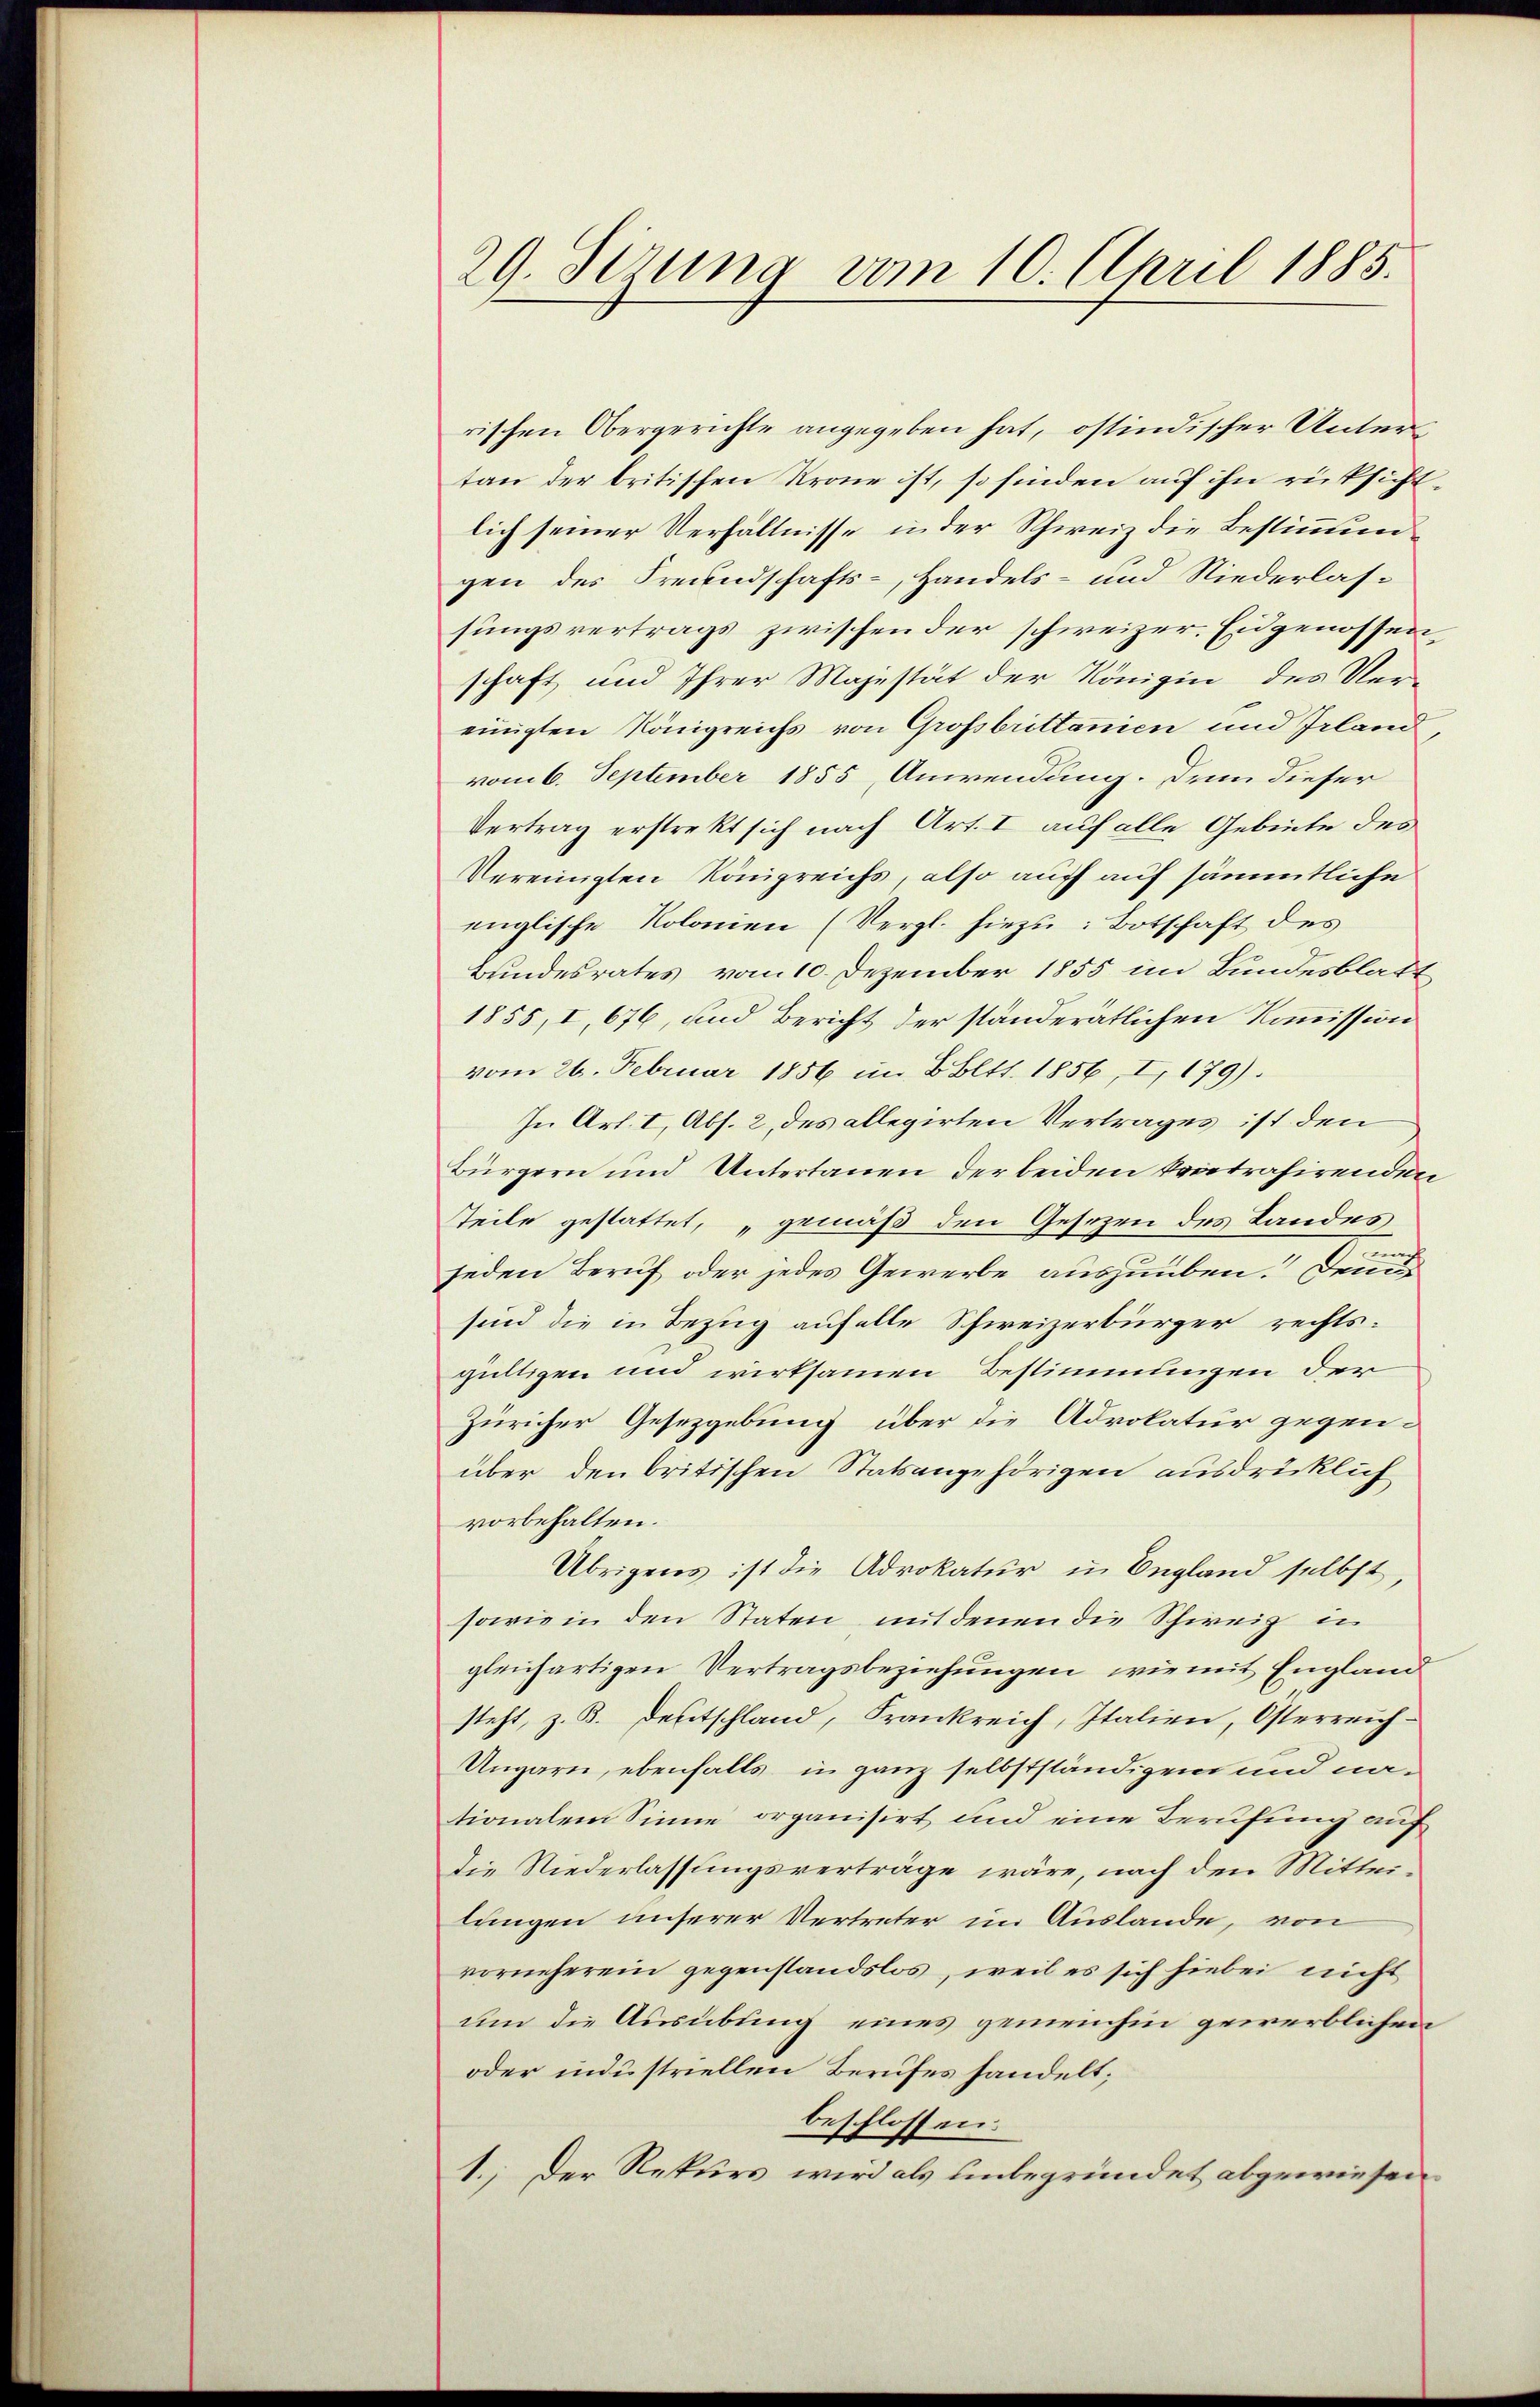
29. Serung vom 10. April 1885.

rischen Obergerichte angegeben hat, ostindischer Untertan der britischen Krone ist, so finden auf ihn rücksichtlich seiner Verhältnisse in der Schweiz die Bestimmun
gen des Freundschafts-, Handels- und Niederlassungsvertrags zwischen der schweizer. Eidgenossen,
schaft und Ihrer Majestät der Königin des Vereinigten Königreichs von Grofsbrittannien und Irland
vom 6. September 1855 Anwendung. Denn dieser
Vertrag erstrekt sich nach Art. I auf alle Gebiete des
Vereinigten Königreichs, also auff auf sämmtliche
englische Kolonien (Vergl. hiezu: Botschaft des
Bundesrates vom 10. Dezember 1855 im Bundesblatt
1855, I, 676, und Bericht der ständerätlichen Kommission
vom 26. Februar 1856 im B. Bett. 1856, I, 179).
In Art. I, Abs. 2 des allegirten Vertrages ist den
Bürgern und Untertanen der beiden kontrahirenden
tteile gestattet, „gemäß den Gesezen des Landes
jeden Beruf oder jedes Gewerbe auszuüben. Denn
sind die in Bezug aufelle Schweizerbürger rechtsgültigen und wirksamen Bestimmungen der
Züricher Gesetzgebung über die Advokatur gegenüber den britischen Statsangehörigen ausdrücklich
vorbehalten.
Übrigens ist die Advokatur in England selbst,
sowie in den Staten mit denen die Schweiz in
gleichartigen Vertragsbeziehungen, wiemit England
steht, z. B. Deutschland, Frankreich, Italien, Osterreich¬
Ungarn, ebenfalls in ganz selbstständigen und nationalem Sinne organisirt und eine Berufung auf
die Niederlassungsverträge wäre, nach den Mitteilungen unserer Vertreter im Auslande, von
vorneherein gegenstandslos, weil es sich hiebei nicht
um die Ausübung eines gemeinhin gewerblichen
oder industriellen Berufes handelt;
beschlossen:
1.) Der Rekurs wird als unbegründet abgewiesen.